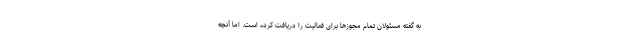
به گفته مسئولان تمام مجوز‌ها برای فعالیت را دریافت کرده است. اما آنچه